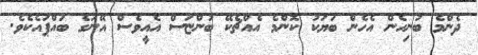
ދެންމެ ބުނިހެން އެހެން ބަޔަކު ކޮންމެ އެއްޗެކޭ ބުންޏަސް އެއީވެސް އޭނަގެ ބައްޕައެކެވެ.